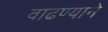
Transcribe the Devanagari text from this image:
वाढण्याने